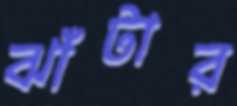
ঝাঁটার